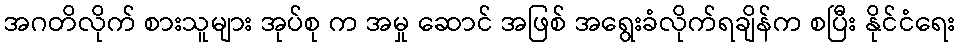
အဂတိလိုက် စားသူများ အုပ်စု က အမှု ဆောင် အဖြစ် အရွေးခံလိုက်ရချိန်က စပြီး နိုင်ငံရေး